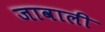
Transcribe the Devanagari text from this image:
जावाली